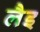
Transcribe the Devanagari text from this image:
लैइ